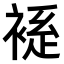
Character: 𫌃